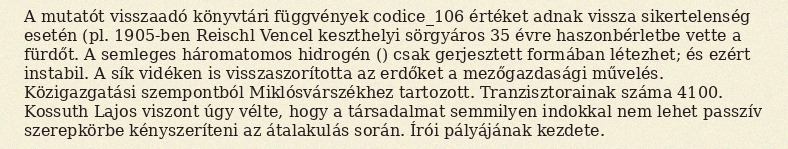
A mutatót visszaadó könyvtári függvények codice_106 értéket adnak vissza sikertelenség esetén (pl. 1905-ben Reischl Vencel keszthelyi sörgyáros 35 évre haszonbérletbe vette a fürdőt. A semleges háromatomos hidrogén () csak gerjesztett formában létezhet; és ezért instabil. A sík vidéken is visszaszorította az erdőket a mezőgazdasági művelés. Közigazgatási szempontból Miklósvárszékhez tartozott. Tranzisztorainak száma 4100. Kossuth Lajos viszont úgy vélte, hogy a társadalmat semmilyen indokkal nem lehet passzív szerepkörbe kényszeríteni az átalakulás során. Írói pályájának kezdete.